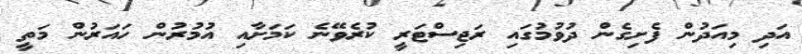
އަދި މިއަދުން ފެށިގެން ދުވުމުގައި ރަޖިސްޓަރީ ކުރެވޭނެ ކަމަށާއި އުމުރުން ހައަރުން މަތީ